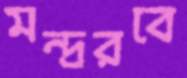
মন্দ্ররবে